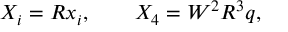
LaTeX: X _ { i } = R x _ { i } , \qquad X _ { 4 } = W ^ { 2 } R ^ { 3 } q ,